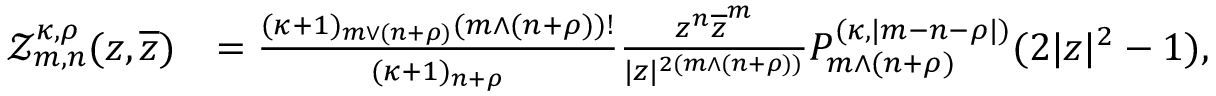
\begin{array} { r l } { \mathcal { Z } _ { m , n } ^ { \kappa , \rho } ( z , \overline { { z } } ) } & { = \frac { ( \kappa + 1 ) _ { m \vee ( n + \rho ) } ( m \wedge ( n + \rho ) ) ! } { ( \kappa + 1 ) _ { n + \rho } } \frac { z ^ { n } \overline { { z } } ^ { m } } { | z | ^ { 2 ( m \wedge ( n + \rho ) ) } } P _ { m \wedge ( n + \rho ) } ^ { ( \kappa , | m - n - \rho | ) } ( 2 | z | ^ { 2 } - 1 ) , } \end{array}